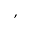
^ ,